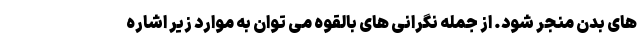
های بدن منجر شود. از جمله نگرانی های بالقوه می توان به موارد زیر اشاره